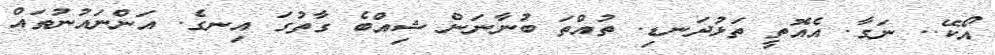
އޯކޭ.. ނަގާ. އެއޮތީ ތަޅުދަނޑި. ތުއްތަ ބުނާނަން ޝިއްބެ ގާތުގަ އިނގެ. އަންނައުނުތައް